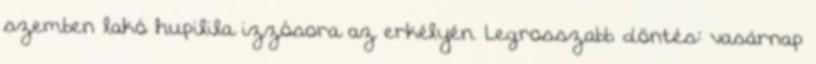
szemben lakó hupilila izzósora az erkélyén. Legrosszabb döntés: vasárnap